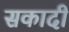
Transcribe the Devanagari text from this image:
सकादी